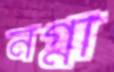
নগ্না